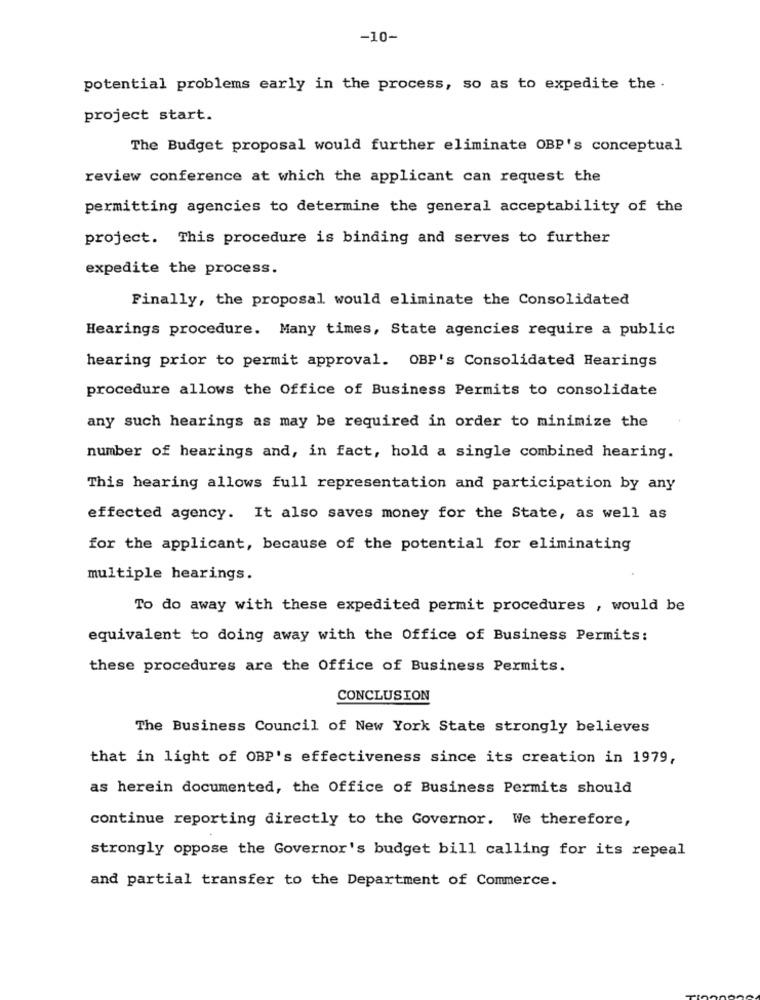
-10-
potential problems early in the process, so as to expedite the .
project start.
The Budget proposal would further eliminate OBP's conceptual
review conference at which the applicant can request the
permitting agencies to determine the general acceptability of the
project. This procedure is binding and serves to further
expedite the process.
Finally, the proposal would eliminate the Consolidated
Hearings procedure. Many times, State agencies require a public
hearing prior to permit approval. OBP's Consolidated Hearings
procedure allows the Office of Business Permits to consolidate
any such hearings as may be required in order to minimize the
number of hearings and, in fact, hold a single combined hearing.
This hearing allows full representation and participation by any
effected agency. It also saves money for the State, as well as
for the applicant, because of the potential for eliminating
multiple hearings.
To do away with these expedited permit procedures , would be
equivalent to doing away with the Office of Business Permits:
these procedures are the Office of Business Permits.
CONCLUSION
The Business Council of New York State strongly believes
that in light of OBP's effectiveness since its creation in 1979,
as herein documented, the Office of Business Permits should
continue reporting directly to the Governor. We therefore,
strongly oppose the Governor's budget bill calling for its repeal
and partial transfer to the Department of Commerce.